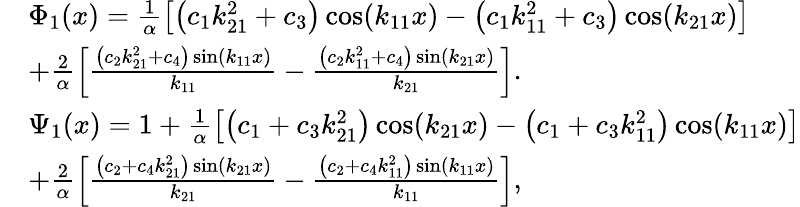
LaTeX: \begin{array}{rl}&{{\Phi_{1}}(x)=\frac{1}{\alpha}\left[{\left({{c_{1}}k_{21}^{2}+{c_{3}}}\right)\cos({k_{11}}x)-\left({{c_{1}}k_{11}^{2}+{c_{3}}}\right)\cos({k_{21}}x)}\right]}\\ &{+\frac{2}{\alpha}\left[{\frac{{\left({{c_{2}}k_{21}^{2}+{c_{4}}}\right)\sin({k_{11}}x)}}{{{k_{11}}}}-\frac{{\left({{c_{2}}k_{11}^{2}+{c_{4}}}\right)\sin({k_{21}}x)}}{{{k_{21}}}}}\right].}\\ &{{\Psi_{1}}(x)=1+\frac{1}{\alpha}\left[{\left({{c_{1}}+{c_{3}}k_{21}^{2}}\right)\cos({k_{21}}x)-\left({{c_{1}}+{c_{3}}k_{11}^{2}}\right)\cos({k_{11}}x)}\right]}\\ &{+\frac{2}{\alpha}\left[{{\frac{{\left({{c_{2}}+{c_{4}}k_{21}^{2}}\right)\sin({k_{21}}x)}}{{{k_{21}}}}-\frac{{\left({{c_{2}}+{c_{4}}k_{11}^{2}}\right)\sin({k_{11}}x)}}{{{k_{11}}}}}}\right],}\end{array}